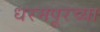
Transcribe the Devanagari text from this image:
धरमपूरच्या